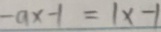
- a x - 1 = 1 x - 1